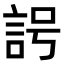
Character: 𧦢